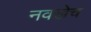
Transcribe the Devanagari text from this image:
नवखेच